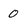
Character: 0